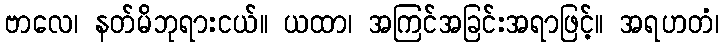
ဗာလေ၊ နတ်မိဘုရားငယ်။ ယထာ၊ အကြင်အခြင်းအရာဖြင့်။ အရဟတံ၊